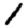
Digit: 1